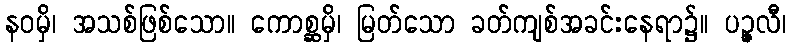
နဝမှိ၊ အသစ်ဖြစ်သော။ ကောစ္ဆမှိ၊ မြတ်သော ခတ်ကျစ်အခင်းနေရာ၌။ ပဉ္ဇလီ၊